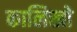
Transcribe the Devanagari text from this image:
कालिखो